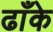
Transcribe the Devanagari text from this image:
ढाँके